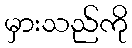
မှားသည်ကို